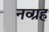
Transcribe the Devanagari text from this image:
नव्ग्रह